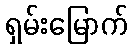
ရှမ်းမြောက်